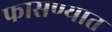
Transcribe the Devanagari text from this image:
फासण्यात